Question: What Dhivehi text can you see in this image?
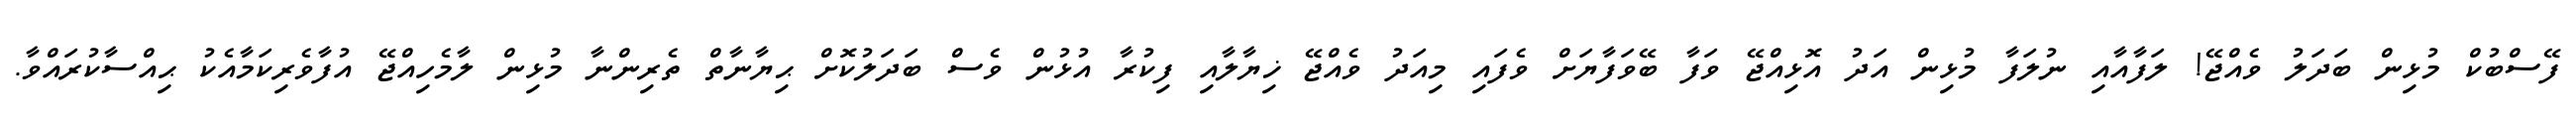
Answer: ފޭސްބުކް މުޅިން ބަދަލު ވެއްޖޭ! ލަފާއާއި ނުލަފާ މުޅިން އަދު އޮޅިއްޖޭ ވަފާ ބޭވަފާޔަށް ވެފައި މިއަދު ވެއްޖޭ ޚިޔާލާއި ފިކުރާ އުޅުން ވެސް ބަދަލުކޮށް ޙިޔާނާތް ތެރިންނާ މުޅިން ލާމެހިއްޖޭ އުފާވެރިކަމާއެކު ޙިއްސާކުރައްވާ.